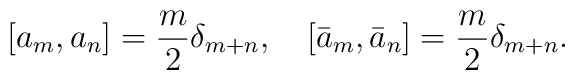
\left[a_m,a_n\right]={m\over 2}\delta_{m+n},\quad\left[\bar a_m,\bar a_n\right]={m\over 2}\delta_{m+n}.